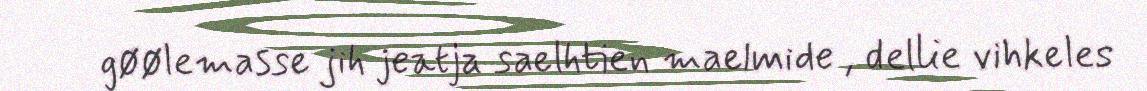
gøølemasse jih jeatja saelhtien maelmide , dellie vihkeles